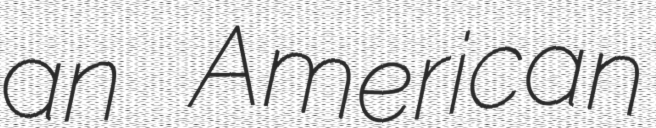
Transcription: an American